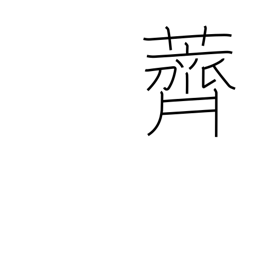
Meaning: water-chestnuts